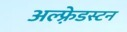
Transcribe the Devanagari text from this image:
अल्फ़्रेडस्टन